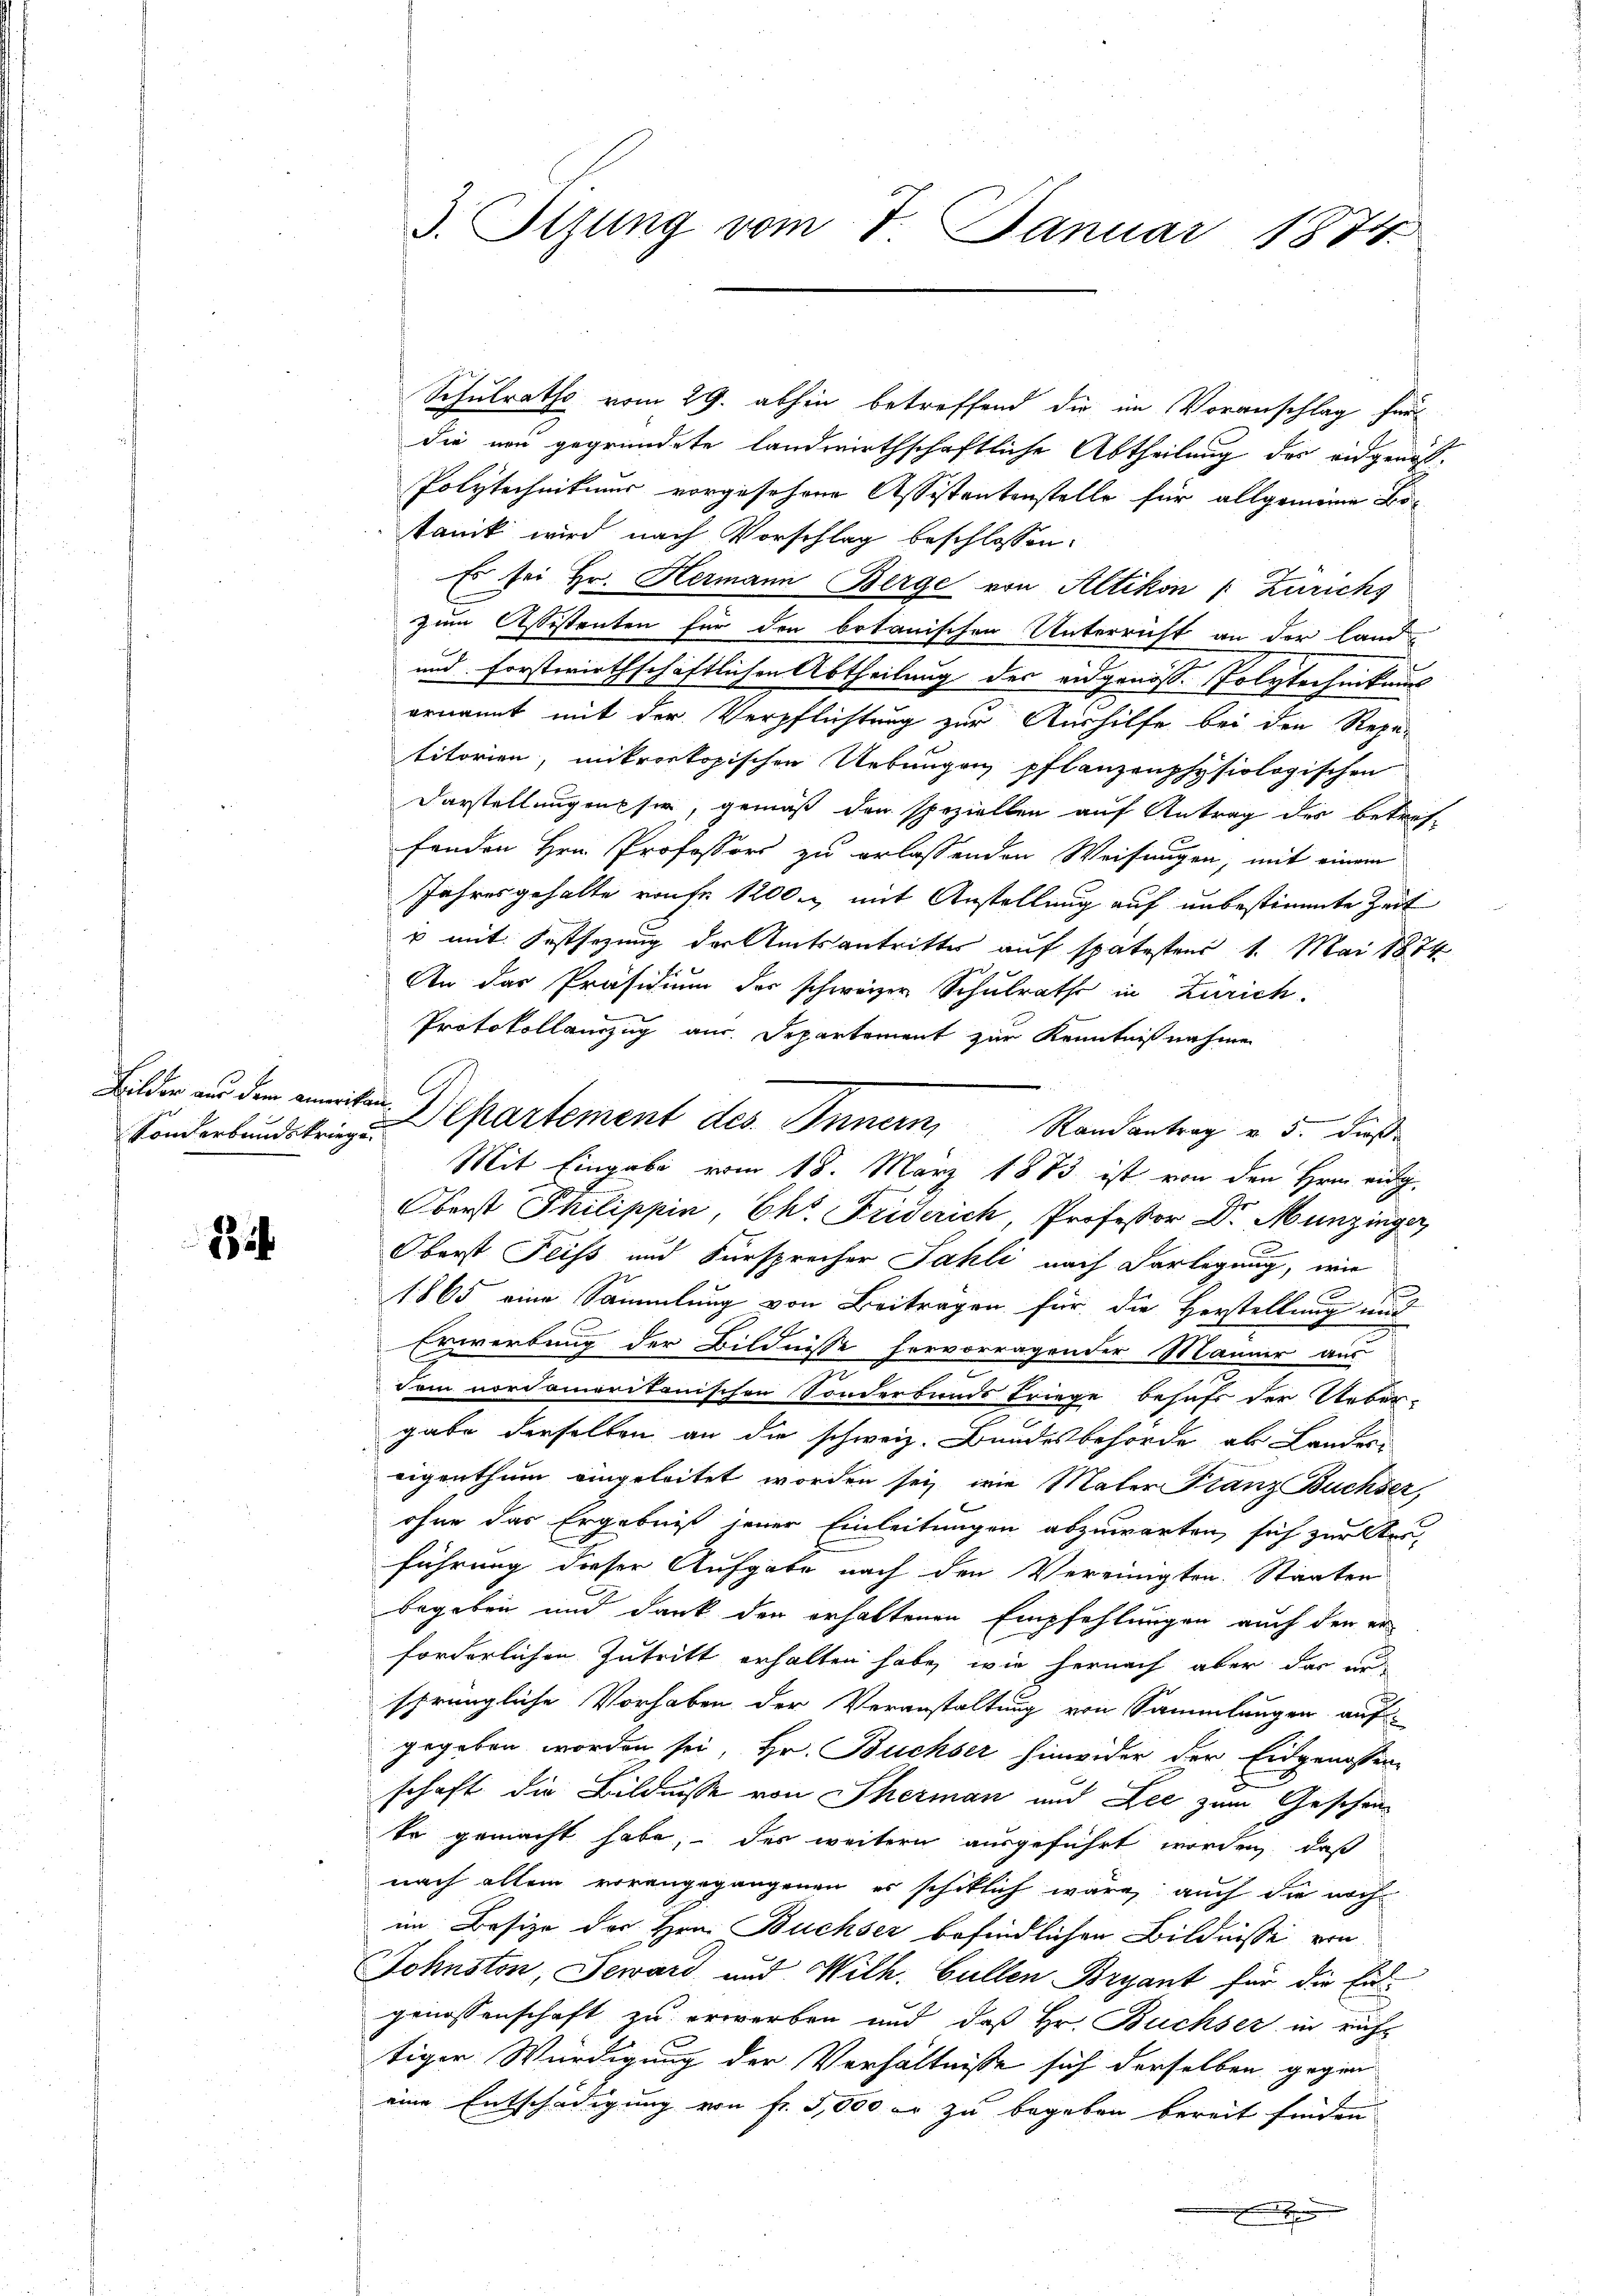
Sonderbandskriege

32

Schulraths vom 29. abhin betreffend die im Voranschlag für
die neu gegründete landwirthschaftliche Abtheilung des eidgenöß¬
Polytechnikus vorgesehene Assistentenstelle für allgemeine Botanik wird nach Vorschlag beschlossen:
Es sei Hr. Hermann Berge von Altikon " Zurichs
zum Assistenten für den botanischen Unterricht an der Land-
und Forstwirthschaftlichen Abtheilung des eidgenös- Polytechnikums
ernannt mit der Verpflichtung zur Aushilfe bei den Repa-
titorien, mikroskopischen Uebungen pflanzenphysiologischen
Darstellungen sie, gemäß den speziellen auf Antrag des betreffenden Hrn. Professors zu erlassenden Weisungen, mit einem
Jahresgehalte raufe 1200 mit Anstellung auf unbestimmte Zeit
u mit Festsezung der Amtsantrittes auf spätestens 1. Mai 1874
An das Präsidium der schweizer Schulrathe in Zürich.
1
Protokollanzug aus. Departement zur Kenntnißnahmen
Oberst Philippin, Chr. Friderich, Professor Dr. Munzinger
Oberst Feiss und Fürsprecher Fahli nach Vorlegung, wie
1865 eine Sammlung von Beitragen für die Herstellung und
Erwerbung der Bildnisse hervorragender Männer aus
n
dem nordamerikanischen Sonderbands triege behufs der Ueber-
gabe derselben an die schweiz. Bundesbehörde als Lander
eigenthum eingeleitet worden sei, wie Mater Franz Buchser,
ohne das Ergebniß jener Einleitungen abzuwarten, sich zur Aus-
führung dieser Aufgabe nach den Vereinigten. Staaten
begeben und dank der erhaltenen Empfehlungen auch den er
forderlichen Zutritt erhalten habe, wie hernach aber das er
sprüngliche Vorhaben der Veranstaltung von Sammlungen auf
gegeben worden sei, Hr. Büchser hinwider der Eidgenossen
schaft die Bildnisse von Therman und Lee zum Geschente gemacht habe, der weitern ausgeführt worden, daß
nach allem vorangegangenen es schiklich wäre auch die noch
im Besize des Hrn. Büchser befindlichen Bildnisse von
Johnston, Jeward und Wilh. Gallen Bryant für die Eidgenossenschaft zu erwerben und daß Hr. Büchser in richt
tiger Würdigung der Verhältnisse sich derselben gegen
eine Entschädigung von fr. 5,000 er zu begeben bereit finden

3. Tizung vom 7. Januar 1874

Bilder an den aneiter Departement des Innern Randantrag v. 5. dieße
Mit Eingabe vom 18. März 1873 ist von den Hrn. eidg.